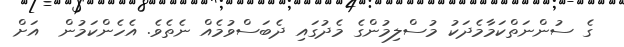
ގެ ސުންނަތްކަމާމެދަކު މުސްލިމުންގެ މެދުގައި ދެބަސްވުމެއް ނެތެވެ. އެހެންކަމުން  އަށް